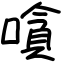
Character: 嗿